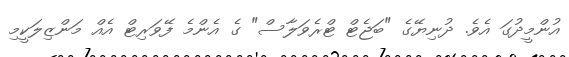
އުންމީދުގަ އެވެ. ދުނިޔޭގެ "ބަޖެޓް ޓްރެވަލާސް" ގެ އެންމެ ފޭވަރިޓް އެއް މަންޒިލަކީމި